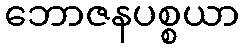
ဘောဇနပစ္စယာ